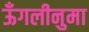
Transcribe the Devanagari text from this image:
ऊँगलीनुमा